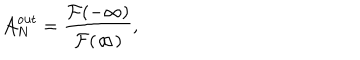
{ \cal A } _ { N } ^ { \mathrm { o u t } } = { \frac { { \cal F } ( - \infty ) } { { \cal F } ( \infty ) } } ,